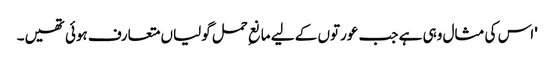
'اس کی مثال وہی ہے جب عورتوں کے لیے مانعِ حمل گولیاں متعارف ہوئی تھیں۔